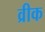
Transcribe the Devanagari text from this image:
व्रीक